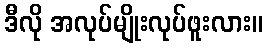
ဒီလို အလုပ်မျိုးလုပ်ဖူးလား။